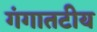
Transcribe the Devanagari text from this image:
गंगातटीय